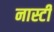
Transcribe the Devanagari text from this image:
नास्टी